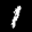
Label: 1